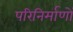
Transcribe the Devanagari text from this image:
परिनिर्माणों